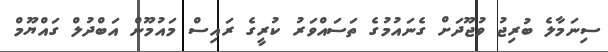
ސިނަމާލެ ބުރިޖު ވުޖޫދަށް ގެނައުމުގެ ތަސައްވަރު ކުރީގެ ރައިސް މައުމޫން އަބްދުލް ގައްޔޫމް